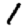
Digit: 1